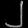
Digit: ၂